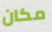
مكان